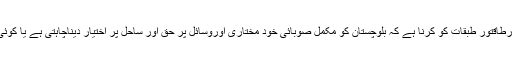
اب فیصلہ پیپلزپارٹی اور مقتدرطاقتور طبقات کو کرنا ہے کہ بلوچستان کو مکمل صوبائی خود مختاری اوروسائل پر حق اور ساحل پر اختیار دیناچاہتی ہے یا کوئی اور راستہ اختیار کرتی ہے؟